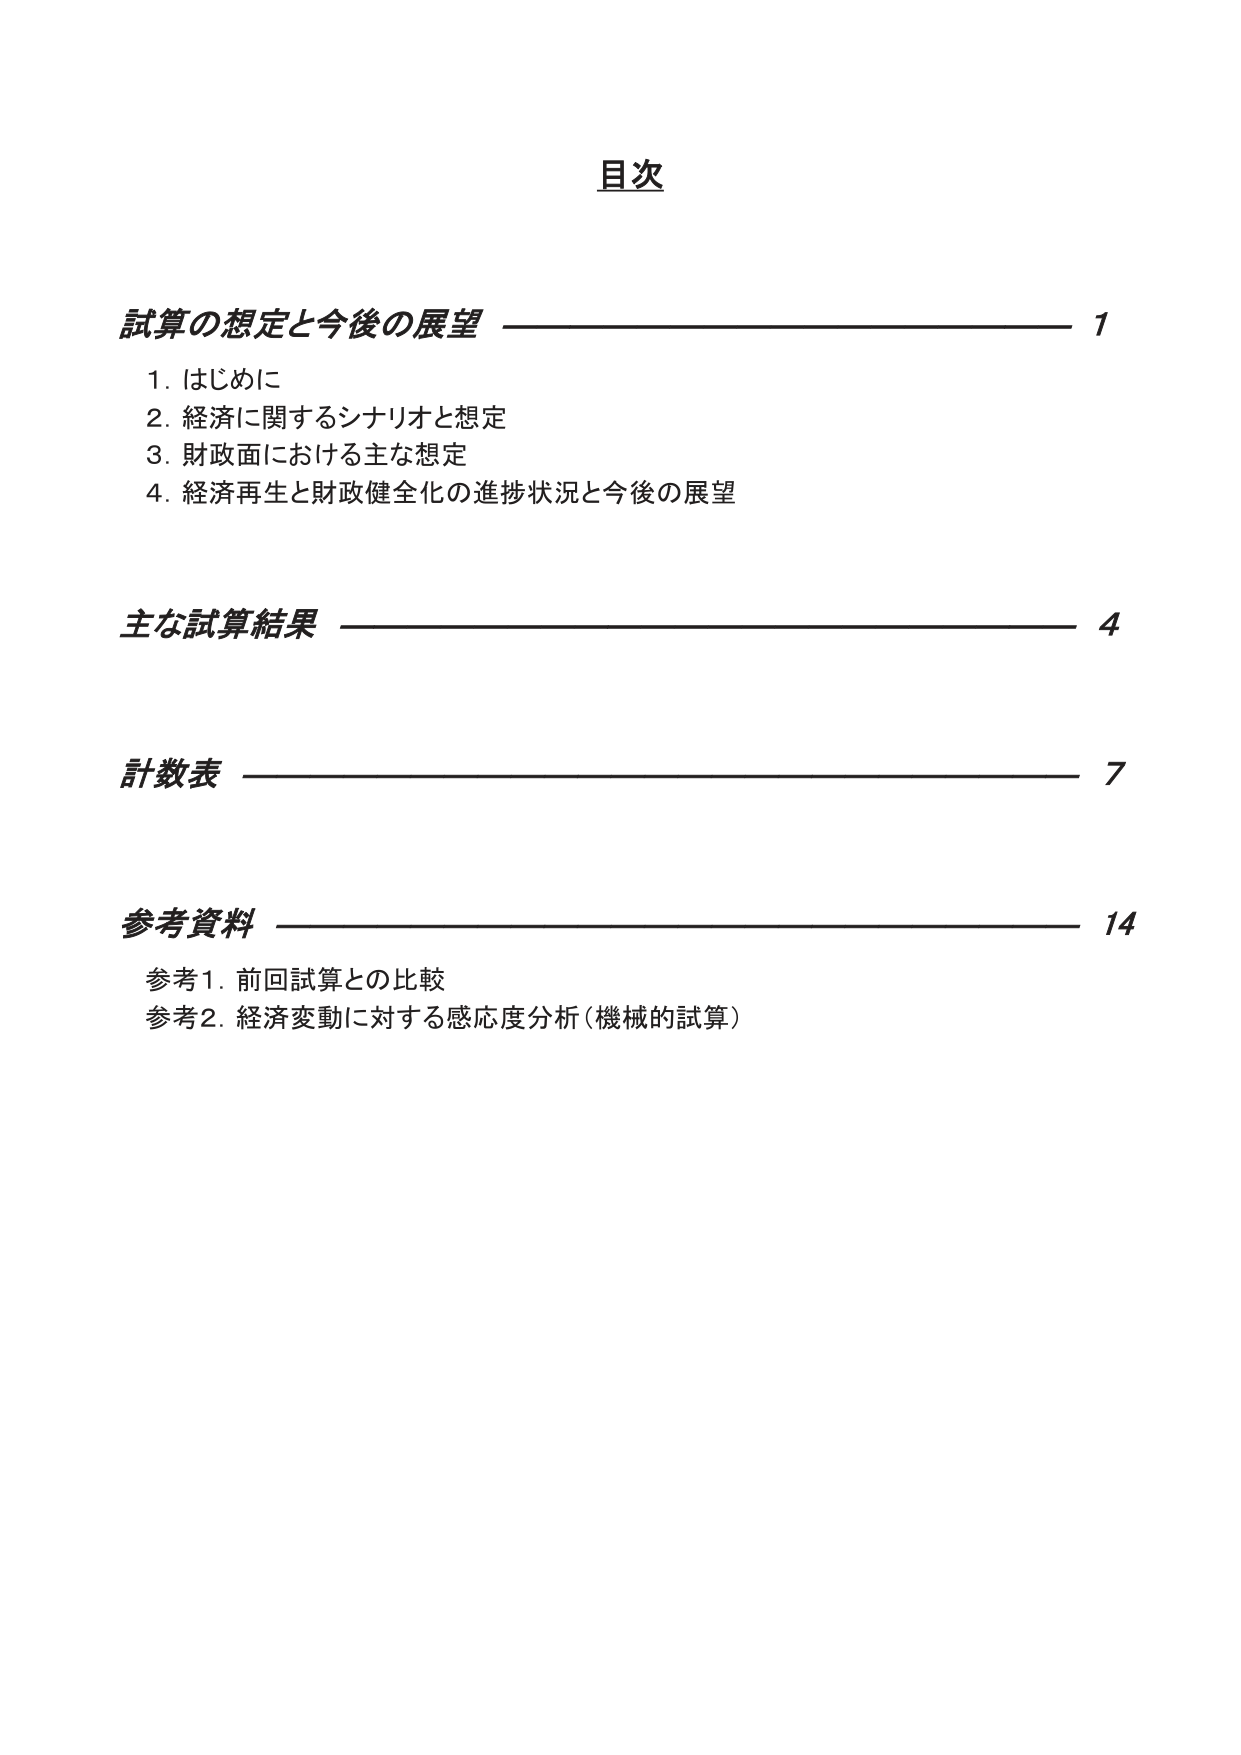
目次

試算の想定と今後の展望 1
1. はじめに
2. 経済に関するシナリオと想定
3. 財政面における主な想定
4. 経済再生と財政健全化の進捗状況と今後の展望

主な試算結果 4

計数表 7

参考資料 14
参考1. 前回試算との比較
参考2. 経済変動に対する感応度分析（機械的試算）